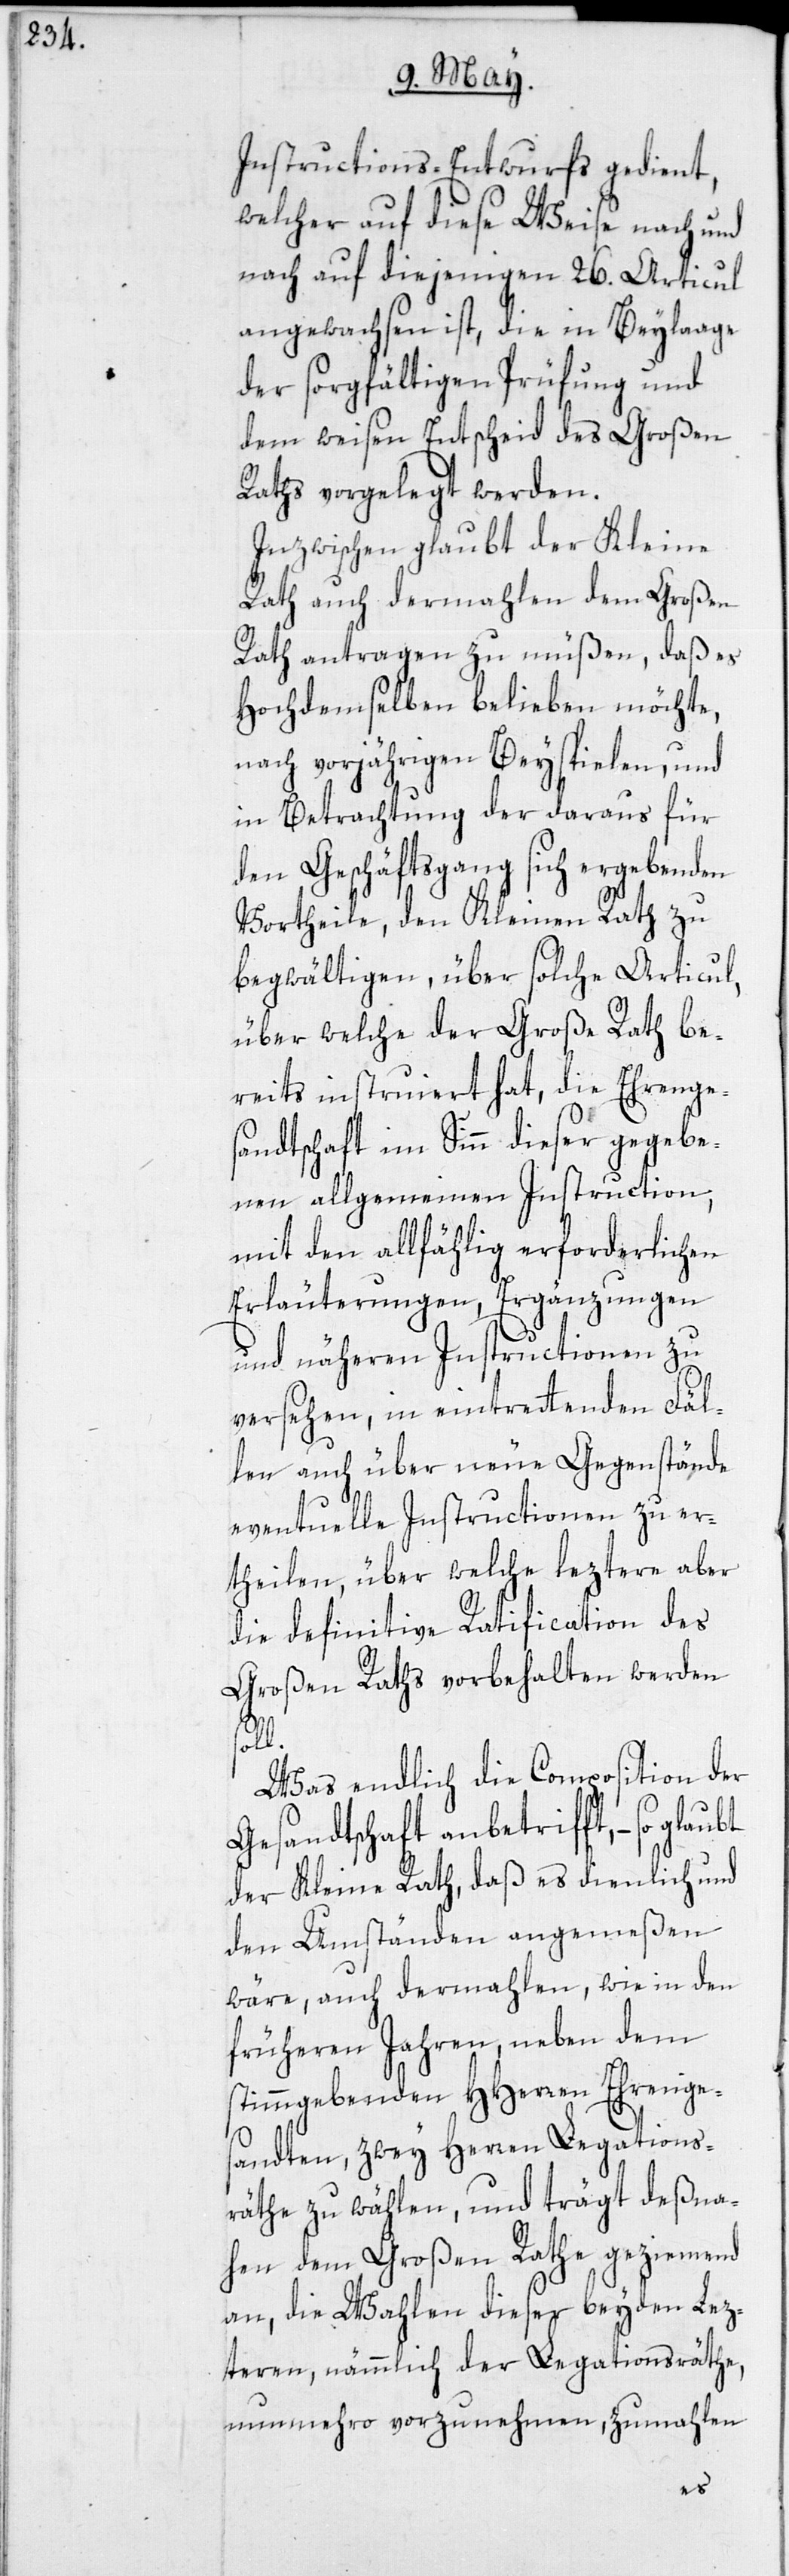
Instructions-Entwurfs gedient,
welcher auf diese Weise nach und
nach auf diejenigen 26. Articul
angewachsen ist, die in Beylaage
der sorgfältigen Prüfung und
dem weisen Entscheid des Großen
Raths vorgelegt werden.
Inzwischen glaubt der Kleine
Rath auch dermahlen dem Großen
Rath antragen zu müßen, daß es
Hochdemselben belieben möchte,
nach vorjährigen Beyspielen, und
in Betrachtung der daraus für
den Geschäftsgang sich ergebenden
Vortheile, den Kleinen Rath zu
begwältigen, über solche Articul,
über welche der Große Rath be¬
reits instruiert hat, die Ehrenge¬
sandtschaft im Sinn dieser gegebe¬
nen allgemeinen Instruction,
mit den allfählig erforderlichen
Erläuterungen, Ergänzungen
und näheren Instructionen zu
versehen, in eintrettenden Fäl¬
len auch über neue Gegenstände
eventuelle Instructionen zu er¬
theilen, über welche leztere aber
die definitive Ratification des
Großen Raths vorbehalten werden
soll.
Was endlich die Composition der
Gesandtschaft anbetrifft, – so
der Kleine Rath, daß es dienlich und
den Umständen angemeßen
wäre, auch dermahlen, wie in den
früheren Jahren, neben dem
stimmgebenden HHerren Ehrenge¬
sandten, zwey Herren Legations¬
räthe zu wählen, und trägt deßna¬
hen dem Großen Rathe geziemend
an, die Wahlen dieser beyden Lez¬
teren, nämmlich der Legationsräthe,
nunmehro vorzunehmen, zumahlen